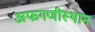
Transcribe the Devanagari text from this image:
अफगणीस्थान